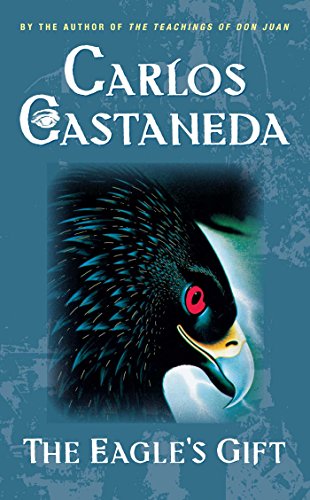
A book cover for The Eagle's Gift; Carlos Castaneda; Religion & Spirituality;